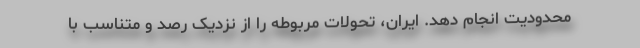
محدودیت انجام دهد. ایران، تحولات مربوطه را از نزدیک رصد و متناسب با